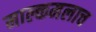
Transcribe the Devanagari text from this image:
माल्कमलाच